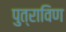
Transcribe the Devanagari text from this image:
पुत्राविण